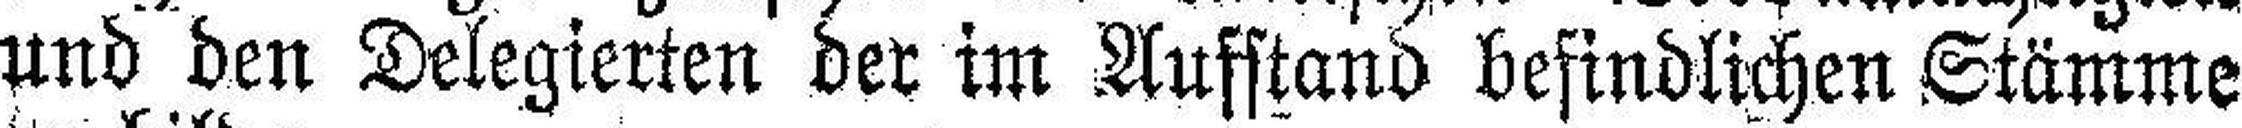
und den Delegierten der im Aufstand befindlichen Stämme